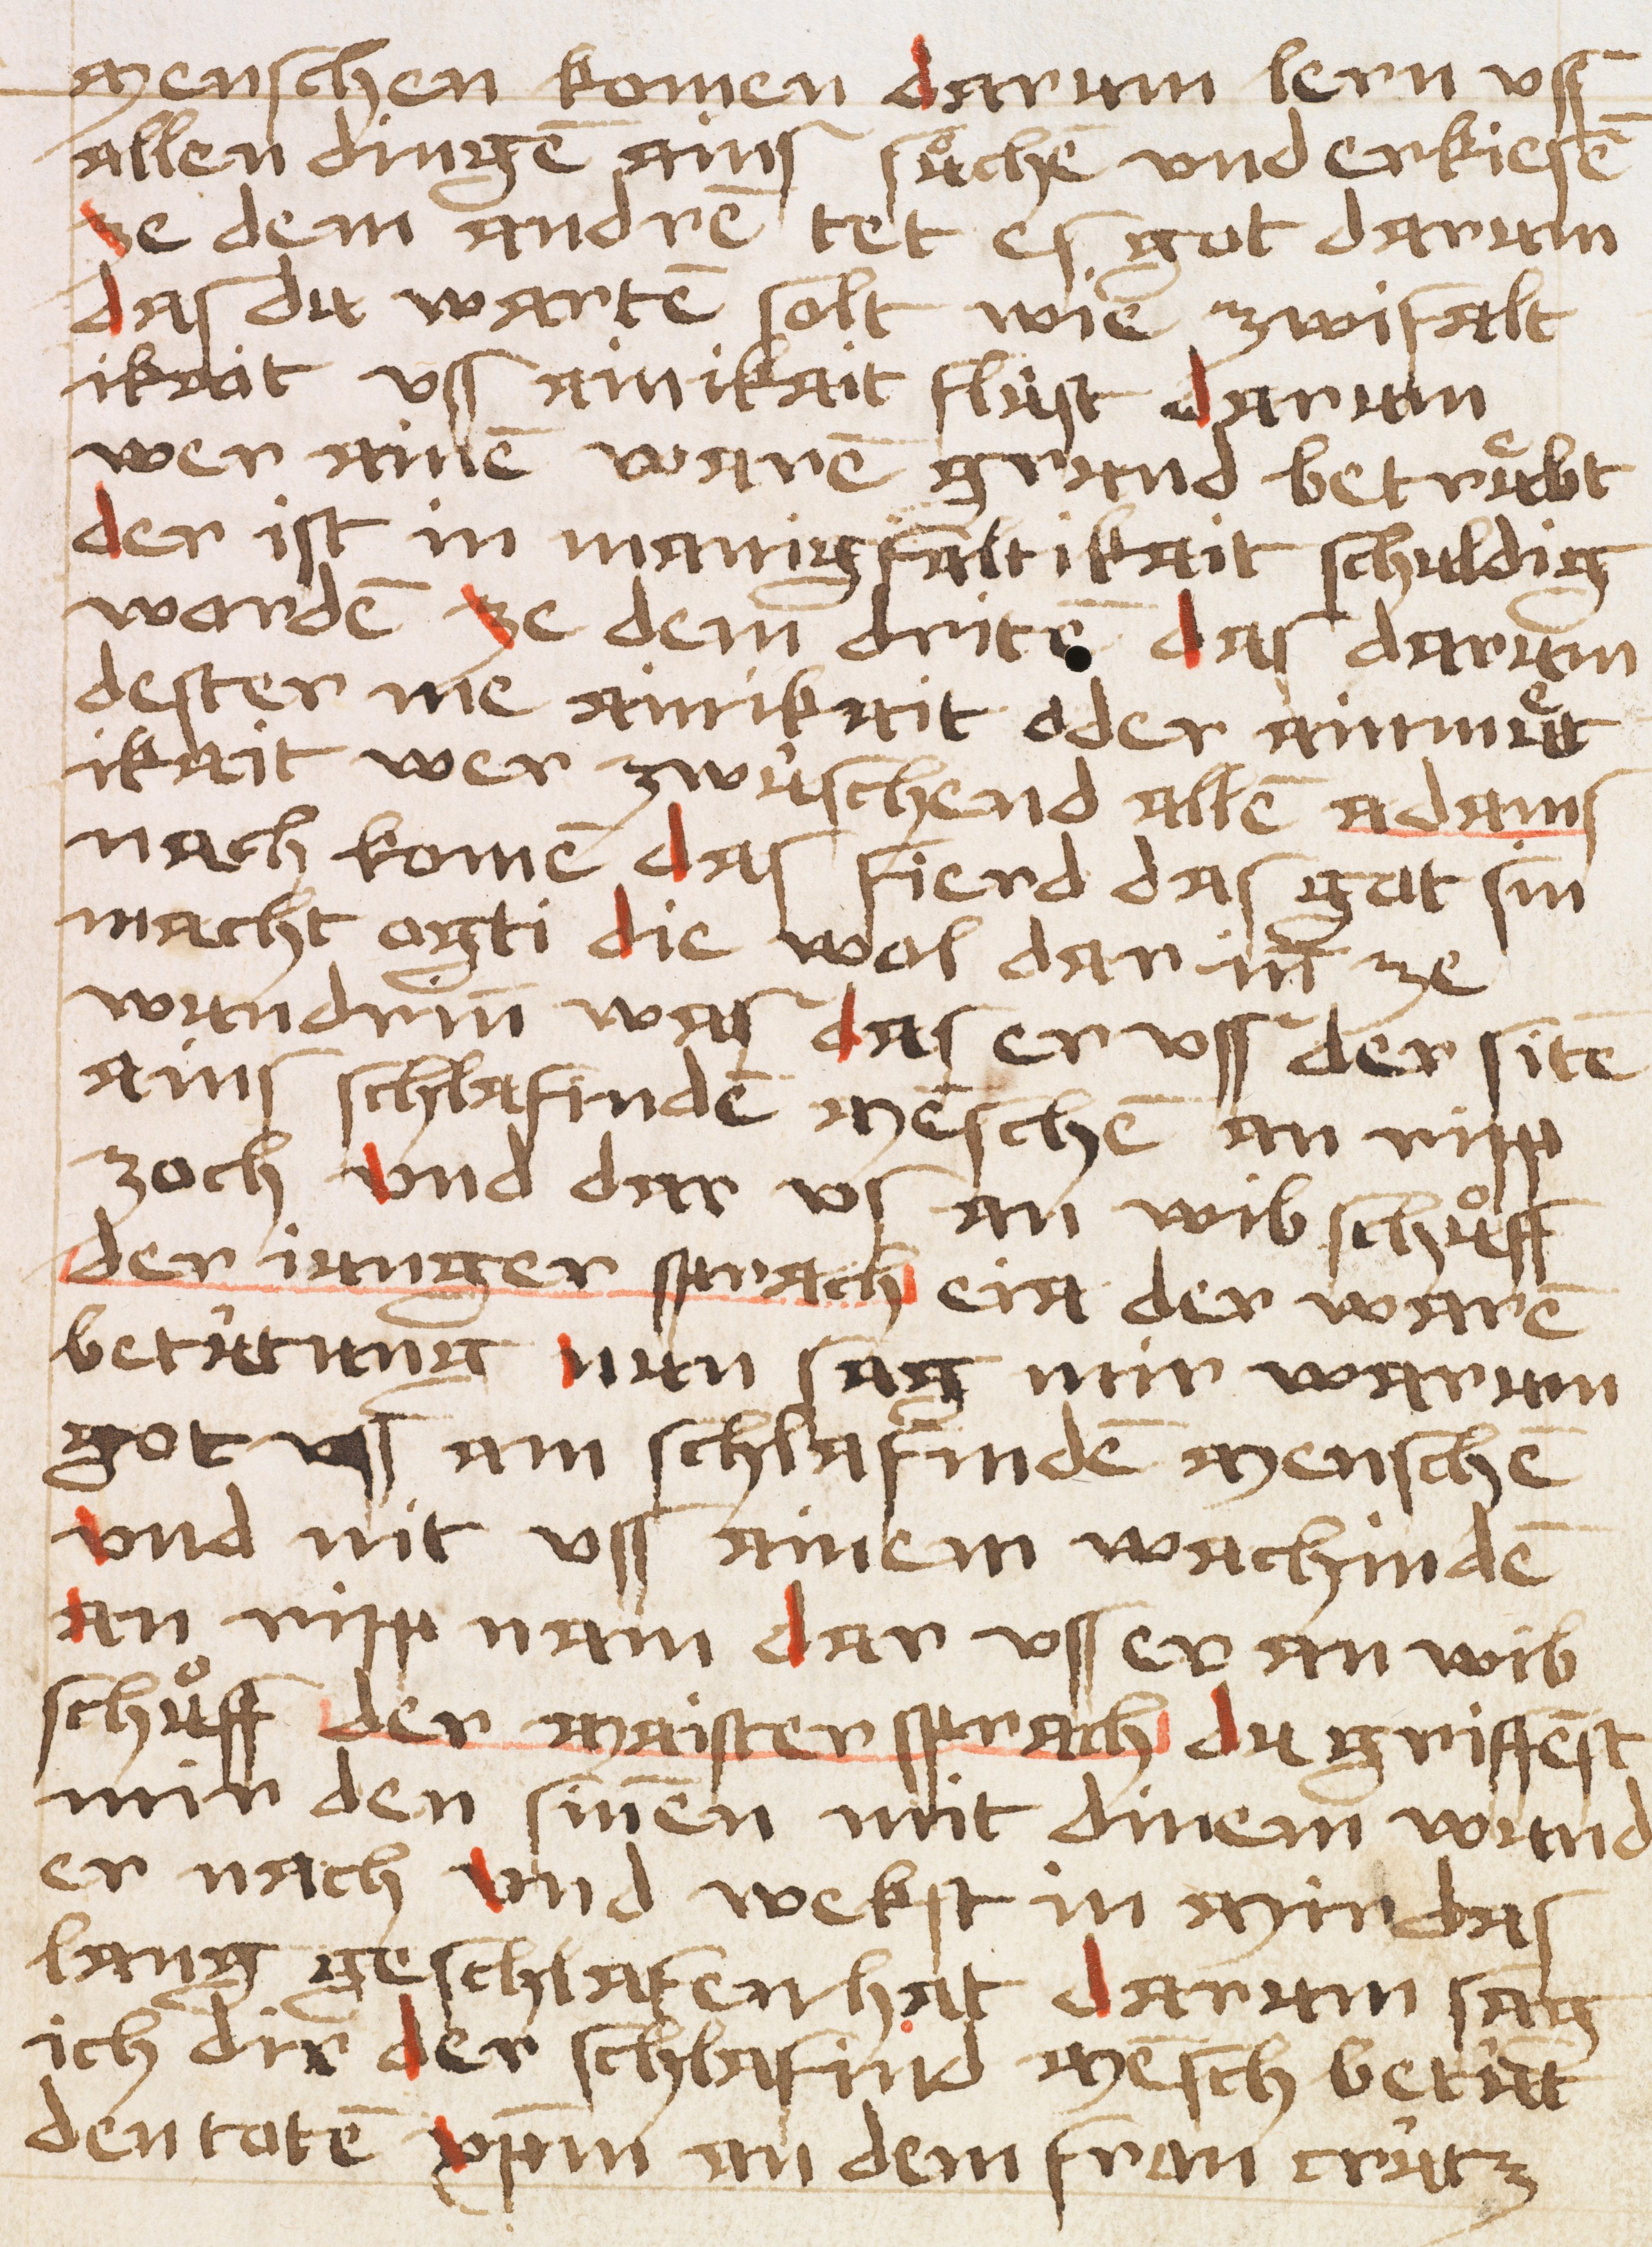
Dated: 1484–1484